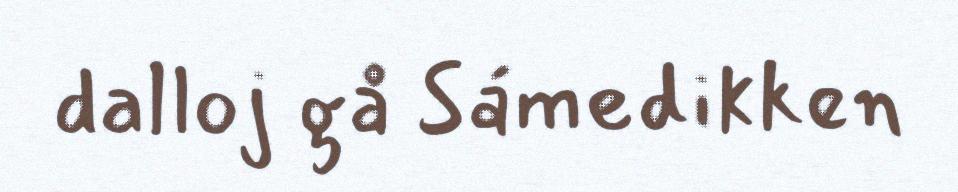
dalloj gå Sámedikken